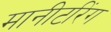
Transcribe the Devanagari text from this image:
मानीटरिंग